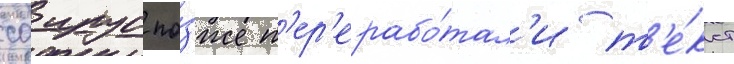
саирус по́зже п'ер'ерабо́тал'и т'е́кст